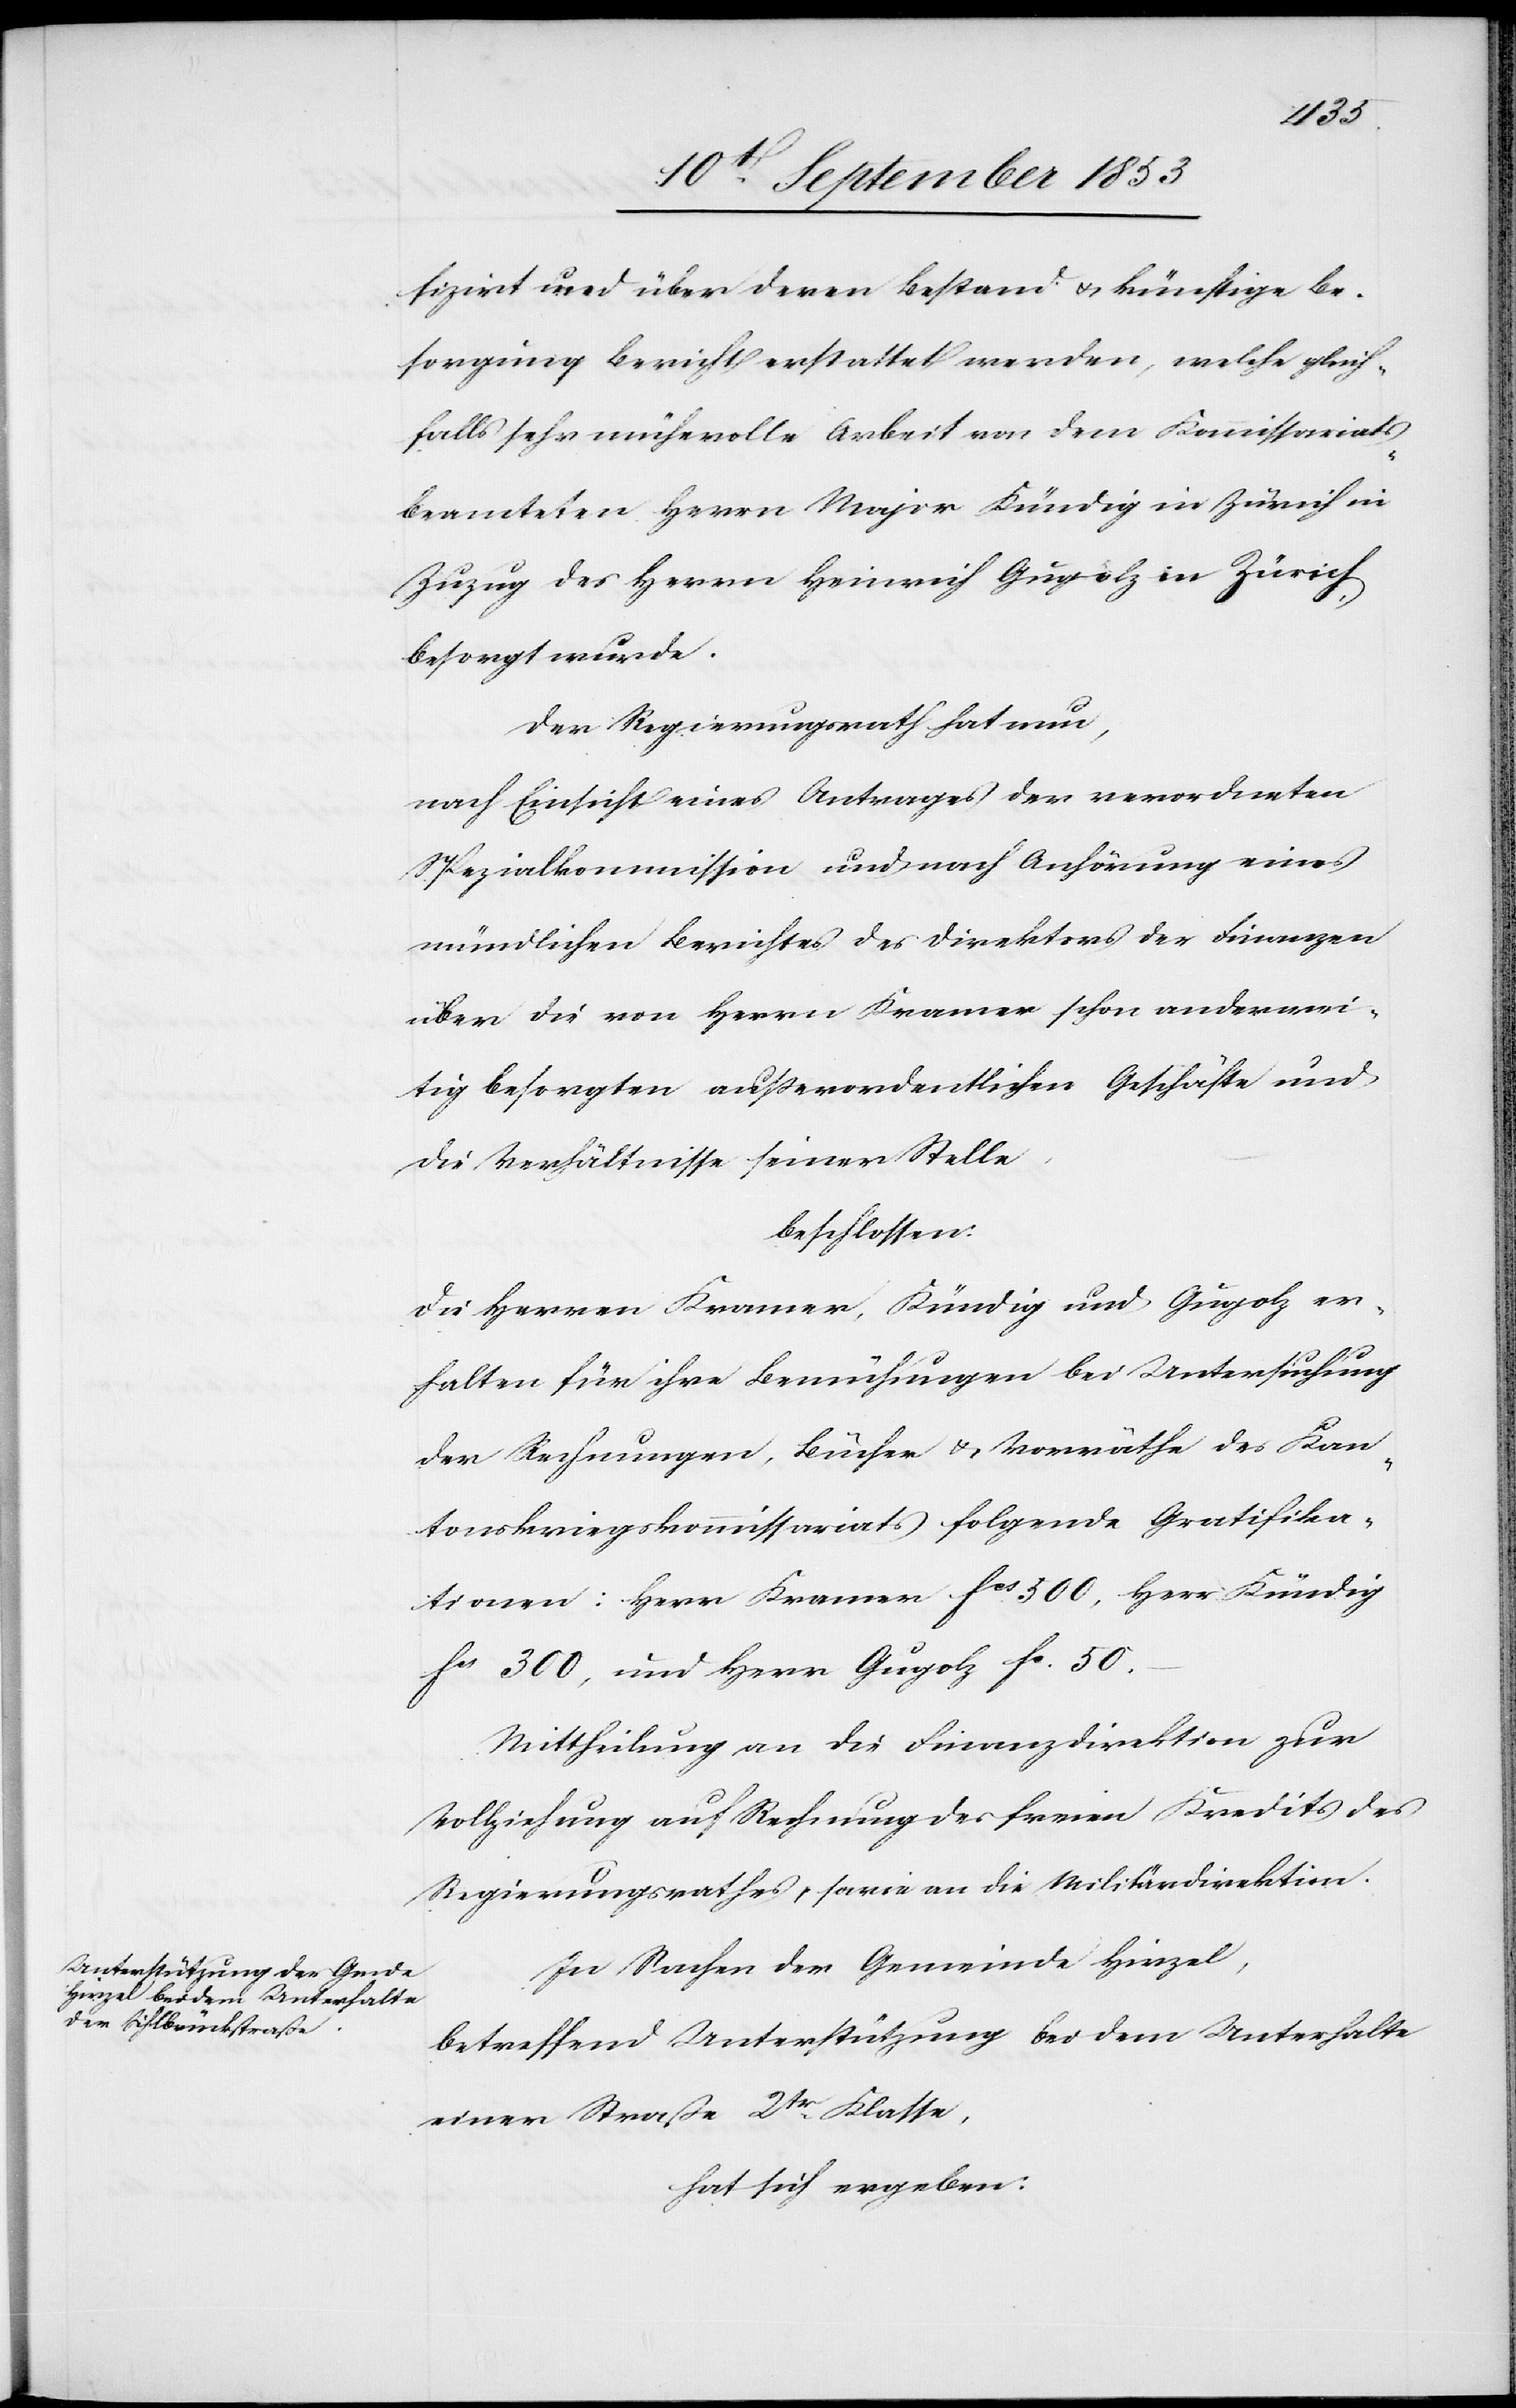
fizirt und über deren Bestand u. künftige Be¬
sorgung Bericht erstattet werden, welche gleich¬
falls sehr mühevolle Arbeit von dem Kommissariats¬
beamteten Herrn Major Kündig in Zürich in
Zuzug des Herrn Heinrich Gugolz in Zürich
besorgt wurde.
Der Regierungsrath hat nun,
nach Einsicht eines Antrages der verordneten
Spezialkommission und nach Anhörung eines
mündlichen Berichtes der Direktion der Finanzen
über die von Herrn Kramer schon anderwei¬
tig besorgten ausserordentlichen Geschäfte und
die Verhältnisse seiner Stelle
beschlossen:
Die Herrn Kramer, Kündig und Gugolz er¬
halten für ihre Bemühungen bei Untersuchung
der Rechnungen, Bücher u. Vorräthe des Kan¬
tonskriegskommissariats folgende Gratifika¬
tionen: Herr Kramer fcs 300, Herr Kündig
fcs 300, und Herr Gugolz fs 50.
Mittheilung an die Finanzdirektion zur
Vollziehung auf Rechnung des freien Kredits des
Regierungsrathes, sowie an die Militärdirektion.
In Sachen der Gemeinde Hirzel,
betreffend Unterstützung bei dem Unterhalte
einer Straße 2tr Klasse,
hat sich ergeben: